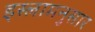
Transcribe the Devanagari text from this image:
इस्लामनुसार